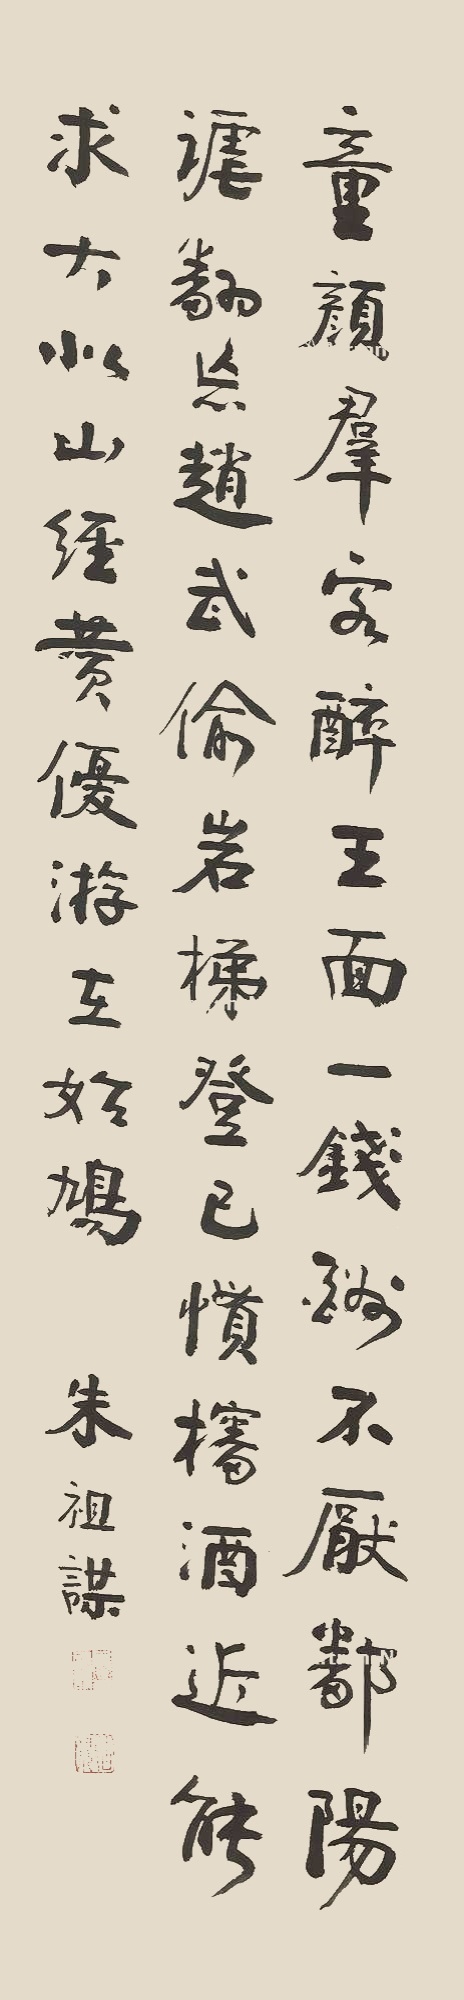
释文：童颜群客醉，王面一钱酬。不厌鄱阳谑，翻忘赵武偷。岩梯登已惯，㰂酒近能求。大似山经赞，优游在始鸠。朱祖谋印、古微